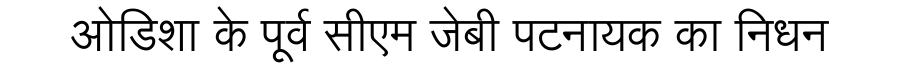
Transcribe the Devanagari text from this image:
ओडिशा के पूर्व सीएम जेबी पटनायक का निधन